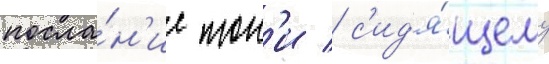
посла́н'ие тон'и / с'ид'я́щему